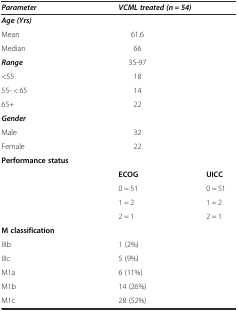
| Parameter | <COLSPAN=2> VCML treated (n = 54) |
 | --- | --- | --- |
 | Age (Yrs) |  |  |
 | Mean | 61.6 |  |
 | Median | 66 |  |
 | Range | 35-97 |  |
 | <55 | 18 |  |
 | 55- < 65 | 14 |  |
 | 65+ | 22 |  |
 | Gender |  |  |
 | Male | 32 |  |
 | Female | 22 |  |
 | Performance status |  |  |
 |  | ECOG | UICC |
 |  | 0 = 51 | 0 = 51 |
 |  | 1 = 2 | 1 = 2 |
 |  | 2 = 1 | 2 = 1 |
 | M classification |  |  |
 | IIIb | 1 (2%) |  |
 | IIIc | 5 (9%) |  |
 | M1a | 6 (11%) |  |
 | M1b | 14 (26%) |  |
 | M1c | 28 (52%) |  |